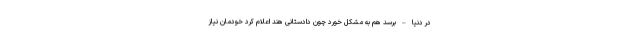
در دنیا – برسد هم به مشکل خورد چون دادستانی هند اعلام کرد خودمان نیاز